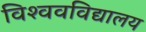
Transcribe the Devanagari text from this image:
विश्‍ववविद्यालय